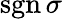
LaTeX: \operatorname{sgn}\sigma